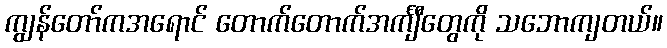
ကျွန်တော်ကအရောင် တောက်တောက်အင်္ကျီတွေကို သဘောကျတယ်။